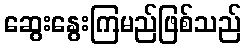
ဆွေးနွေးကြမည်ဖြစ်သည်